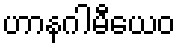
ဟာနဂါမီယေဝ